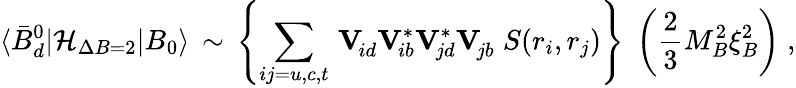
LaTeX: \langle\bar{B}_{d}^{0}|{\cal H}_{\Delta B=2}|B_{0}\rangle\, \sim\, \left\{ \sum_{ij=u,c,t}\, \mathbf{V}_{\! id}^{\phantom{*}}\mathbf{V}_{\! ib}^{*}\mathbf{V}_{\! jd}^{*}\mathbf{V}_{\! jb}^{\phantom{*}}\; S(r_{i},r_{j})\right\} \; \left({\frac{2}{3}}M_{B}^{2}\xi_{B}^{2}\right)\; ,